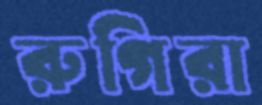
রুগিরা